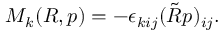
\begin{array} { r } { M _ { k } ( R , p ) = - \epsilon _ { k i j } ( \tilde { R } p ) _ { i j } . } \end{array}